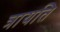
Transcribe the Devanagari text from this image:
त्रायति